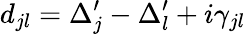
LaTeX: d_{jl}=\Delta_{j}^{\prime}-\Delta_{l}^{\prime}+i\gamma_{jl}